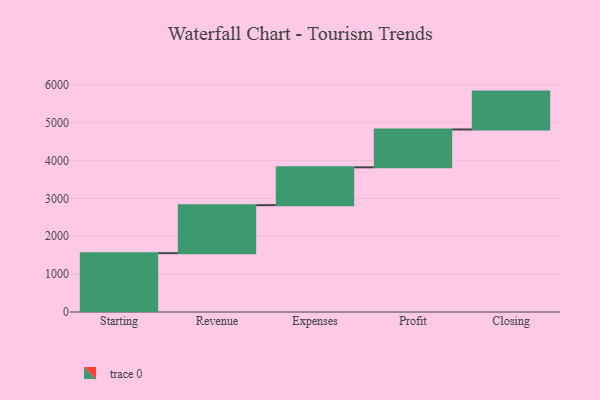
{"axis": {"x": "Step", "y": "Value"}, "legend": [""], "data": [{"x": "Starting", "y": 1554.0, "type": ""}, {"x": "Revenue", "y": 1268.0, "type": ""}, {"x": "Expenses", "y": 1000, "type": ""}, {"x": "Profit", "y": 1000, "type": ""}, {"x": "Closing", "y": 1000, "type": ""}]}